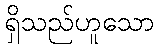
ရှိသည်ဟူသော